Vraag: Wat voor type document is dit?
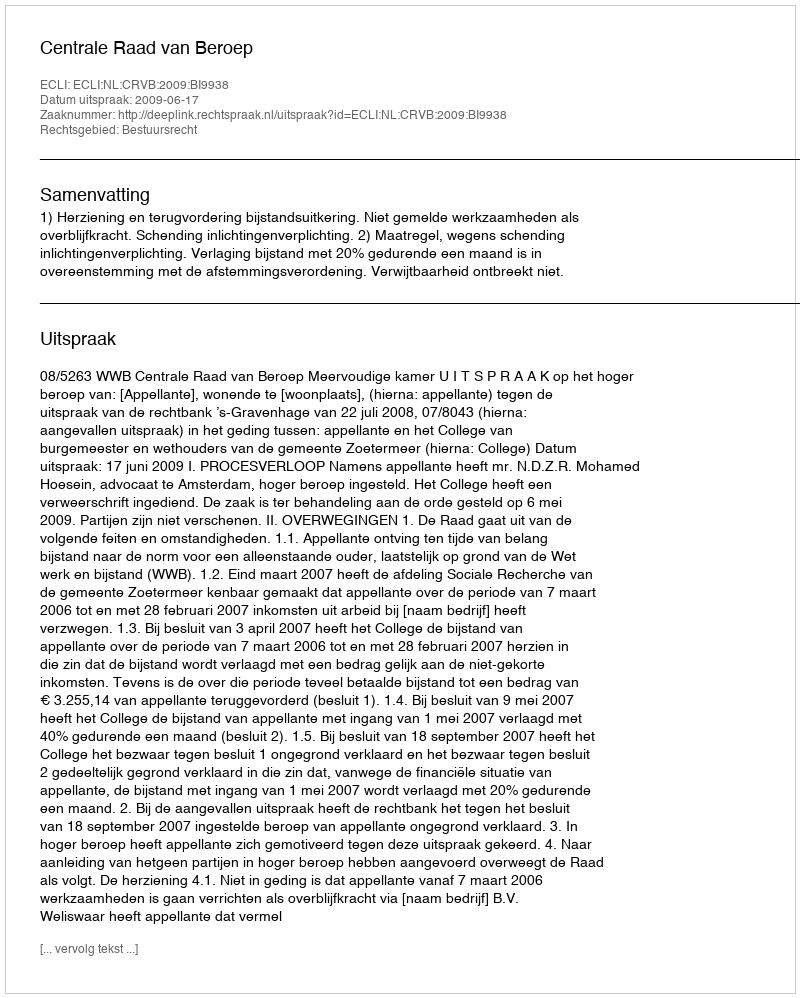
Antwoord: Uitspraak